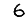
Digit: 6